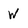
Character: w